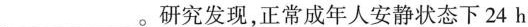
___。研究发现，正常成年人安静状态下24h